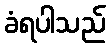
ခံရပါသည်